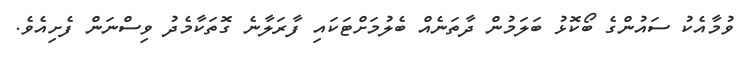
ވުމާއެކު ސައުންގެ ބޯކޮޅު ބަލަމުން ދާތަނެއް ބެލުމަށްޓަކައި ފާރަލާނެ ގޮތަކާމެދު ވިސްނަން ފެށިއެވެ.